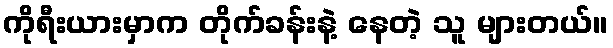
ကိုရီးယားမှာက တိုက်ခန်းနဲ့ နေတဲ့ သူ များတယ်။